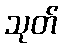
သုတ်